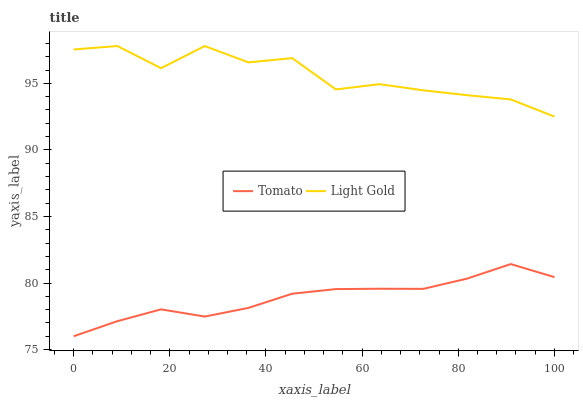
| xaxis_label | Tomato | Light Gold |
 | --- | --- | --- |
 | 0 | 76 | 97.5 |
 | 9.09 | 77.1 | 97.8 |
 | 18.2 | 78 | 96.1 |
 | 27.3 | 77.5 | 97.8 |
 | 36.4 | 78.1 | 96.6 |
 | 45.5 | 79.2 | 96.9 |
 | 54.5 | 79.5 | 94.5 |
 | 63.6 | 79.6 | 94.9 |
 | 72.7 | 79.6 | 94.5 |
 | 81.8 | 80.3 | 94.1 |
 | 90.9 | 81.4 | 93.8 |
 | 100 | 80.4 | 92.5 |